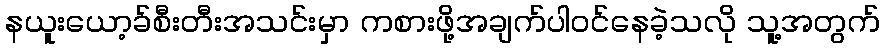
နယူးယော့ခ်စီးတီးအသင်းမှာ ကစားဖို့အချက်ပါဝင်နေခဲ့သလို သူ့အတွက်